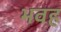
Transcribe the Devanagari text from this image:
भवह